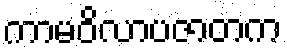
ကာမဝိလာပဇာတက